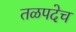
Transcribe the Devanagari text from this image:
तळपदेच